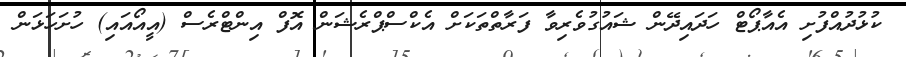
ކުޅުދުއްފުށި އެއާޕޯޓް ހަދައިދޭން ޝައުގުވެރިވާ ފަރާތްތަކަށް އެކްސްޕްރެޝަން އޮފް އިންޓްރެސް (އީއޯއައި) ހުށަހަޅަން